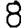
Digit: 8